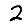
Digit: 2